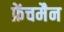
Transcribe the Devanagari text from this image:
फ्रेंचमैन